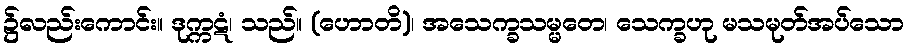
၌လည်းကောင်း။ ဒုက္ကဋံ၊ သည်။ (ဟောတိ)၊ အသေက္ခသမ္မတေ၊ သေက္ခဟု မသမုတ်အပ်သော